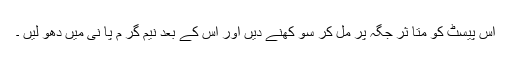
اس پیسٹ کو متا ثر جگہ پر مل کر سو کھنے دیں اور اس کے بعد نیم گر م پا نی میں دھو لیں ۔